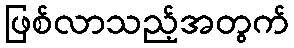
ဖြစ်လာသည့်အတွက်